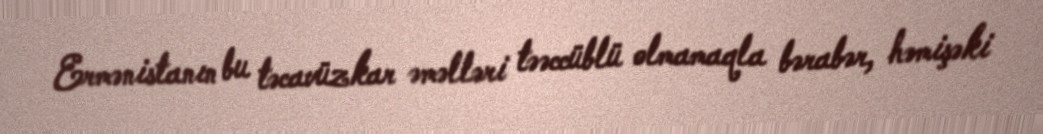
Ermənistanın bu təcavüzkar əməlləri təəccüblü olmamaqla bərabər, həmişəki